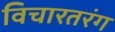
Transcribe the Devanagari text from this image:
विचारतरंग